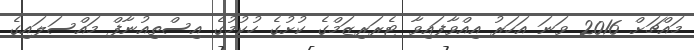
މައްޗަށް 2016 ވަނަ އަހަރު އިއްވާފައިވާ ޓެރަރިޒަމްގެ ކުށުގެ ހުކުމުގެ އިސްތިއުނާފް މައްސަލައިގެ